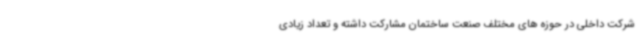
شرکت داخلی در حوزه های مختلف صنعت ساختمان مشارکت داشته و تعداد زیادی